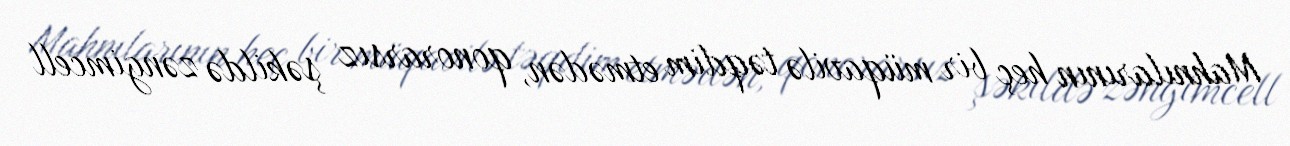
Mahnılarının heç bir müqavilə təqdim etmədən, qonorarsız şəkildə zəngimcell